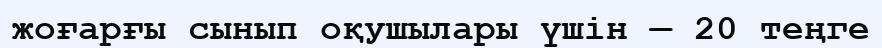
жоғарғы сынып оқушылары үшін — 20 теңге